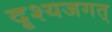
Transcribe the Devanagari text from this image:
दृश्यजगत्‌